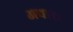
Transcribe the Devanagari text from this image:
अचारा